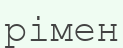
рімен